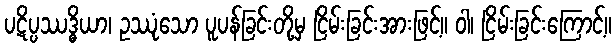
ပဋိပ္ပဿဒ္ဓိယာ၊ ဥဿုံသော ပူပန်ခြင်းတို့မှ ငြိမ်းခြင်းအားဖြင့်။ ဝါ၊ ငြိမ်းခြင်းကြောင့်။